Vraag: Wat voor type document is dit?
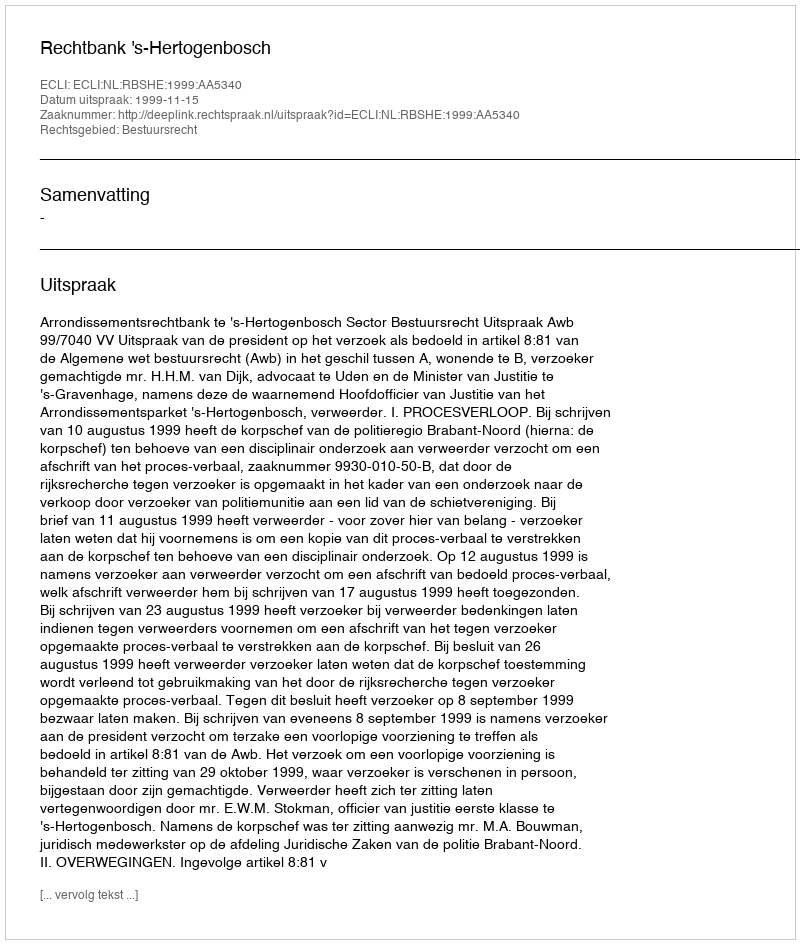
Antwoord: Uitspraak